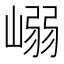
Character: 嵶